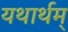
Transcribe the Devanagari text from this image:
यथार्थम्